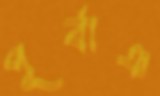
পূর্বাঞ